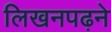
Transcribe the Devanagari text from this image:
लिखनपढ़ने